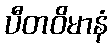
ပီတဝိမာနံ